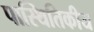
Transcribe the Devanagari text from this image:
पास्थितिकीय